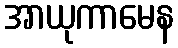
အာယုကာမေန